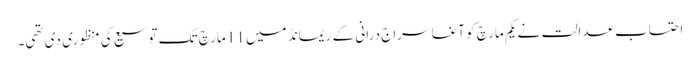
احتساب عدالت نے یکم مارچ کو آغا سراج درانی کے ریمانڈ میں 11 مارچ تک توسیع کی منظوری دی تھی۔